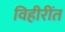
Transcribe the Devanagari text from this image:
विहीरींत